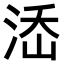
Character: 𣵜